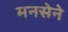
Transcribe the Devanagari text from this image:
मनसेने